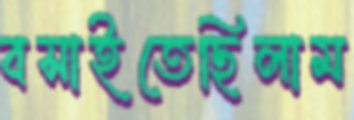
বসাইতেছিলাম